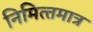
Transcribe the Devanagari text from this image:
निमित्‍तमात्र